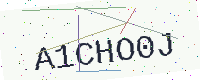
Text: A1CHO0J